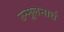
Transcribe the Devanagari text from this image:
उन्मूलनार्थ